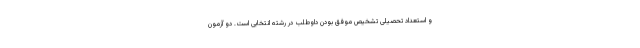
و استعداد تحصیلی تشخیص موفق بودن داوطلب در رشته انتخابی است. دو آزمون